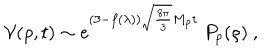
{ \cal V } ( \rho , t ) \sim e ^ { ( 3 - f ( \lambda ) ) \sqrt { \frac { 8 \pi } { 3 } } M _ { \mathrm { p } } t } \ P _ { p } ( \rho ) \ ,